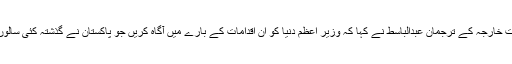
ہمارے نامہ نگار ذوالفقار علی نے بتایا کہ پاکستان کے وزرات خارجہ کے ترجمان عبدالباسط نے کہا کہ وزیر اعظم دنیا کو ان اقدامات کے بارے میں آگاہ کریں جو پاکستان نے گذشتہ کئی سالوں میں جوہری ہتھیاروں کو محفوظ بنانے کے لیے اٹھائے ہیں۔